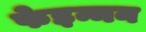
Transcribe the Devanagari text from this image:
फेइन्मन